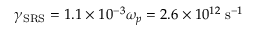
\gamma _ { \mathrm { S R S } } = 1 . 1 \times 1 0 ^ { - 3 } \omega _ { p } = 2 . 6 \times 1 0 ^ { 1 2 } \; \mathrm { s } ^ { - 1 }